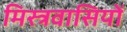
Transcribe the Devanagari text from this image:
मिस्त्रवासियों